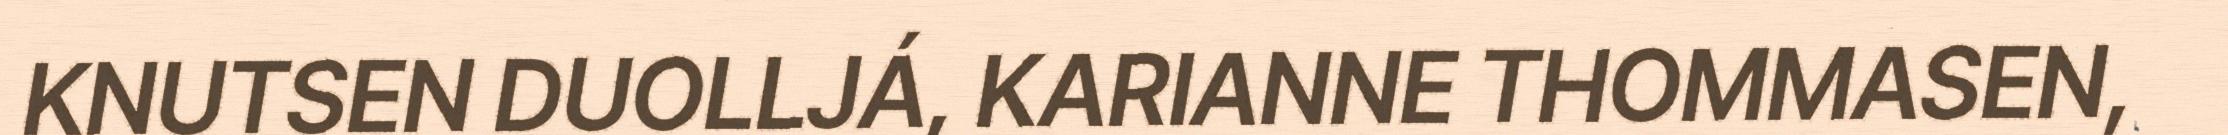
KNUTSEN DUOLLJÁ, KARIANNE THOMMASEN,